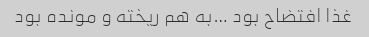
غذا افتضاح بود …به هم ریخته و مونده بود